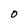
Character: O